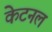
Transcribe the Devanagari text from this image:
केटनल